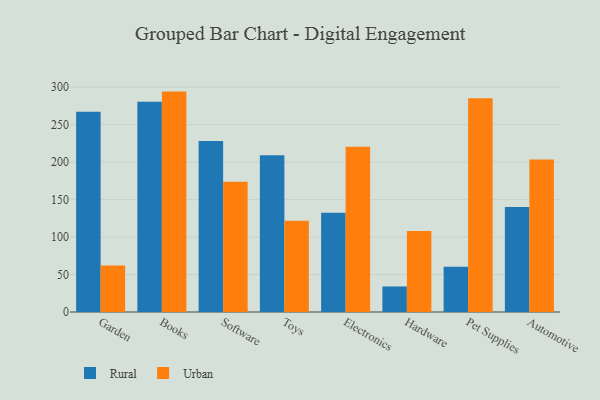
{"axis": {"x": "Category", "y": "Latency (ms)"}, "legend": ["Rural", "Urban"], "data": [{"x": "Garden", "y": 267.1, "type": "Rural"}, {"x": "Garden", "y": 61.9, "type": "Urban"}, {"x": "Books", "y": 280.4, "type": "Rural"}, {"x": "Books", "y": 294.1, "type": "Urban"}, {"x": "Software", "y": 228.1, "type": "Rural"}, {"x": "Software", "y": 173.7, "type": "Urban"}, {"x": "Toys", "y": 209.0, "type": "Rural"}, {"x": "Toys", "y": 121.9, "type": "Urban"}, {"x": "Electronics", "y": 132.4, "type": "Rural"}, {"x": "Electronics", "y": 220.5, "type": "Urban"}, {"x": "Hardware", "y": 34.1, "type": "Rural"}, {"x": "Hardware", "y": 108.1, "type": "Urban"}, {"x": "Pet Supplies", "y": 60.3, "type": "Rural"}, {"x": "Pet Supplies", "y": 285.1, "type": "Urban"}, {"x": "Automotive", "y": 140.1, "type": "Rural"}, {"x": "Automotive", "y": 203.5, "type": "Urban"}]}